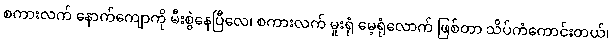
စကားလက် နောက်ကျောကို မီးစွဲနေပြီလေ၊ စကားလက် မူးရုံ မေ့ရုံလောက် ဖြစ်တာ သိပ်ကံကောင်းတယ်၊